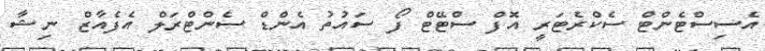
އެސިސްޓެންޓް ސެކްރެޓަރީ އޮފް ސްޓޭޓް ފޯ ސައުތު އެންޑް ސެންޓްރަލް އެފެއާޒް ނިޝާ